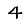
Digit: 4